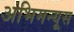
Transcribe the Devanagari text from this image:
अभिमन्यूस